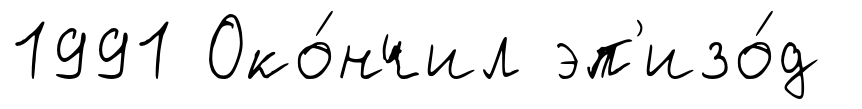
1991 Око́нчил эп'изо́д